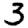
Digit: 3